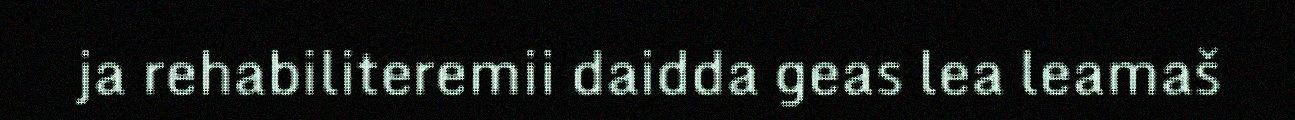
ja rehabiliteremii daidda geas lea leamaš